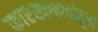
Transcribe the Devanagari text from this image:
कारखान्यांतून